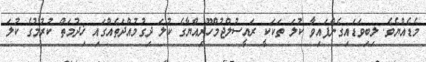
މެޑެއްޔެވެ. ލިބިވަޑައިގެންފައިވާ ކުލަ ތަކަކީ ރައީސުލްޖުމްހޫރިއްޔާގެ ކުލަ ދިގުމުއްދަތެއްގައި ޚިދުމަތް ކުރުމުގެ ކުލަ